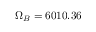
\Omega _ { B } = 6 0 1 0 . 3 6